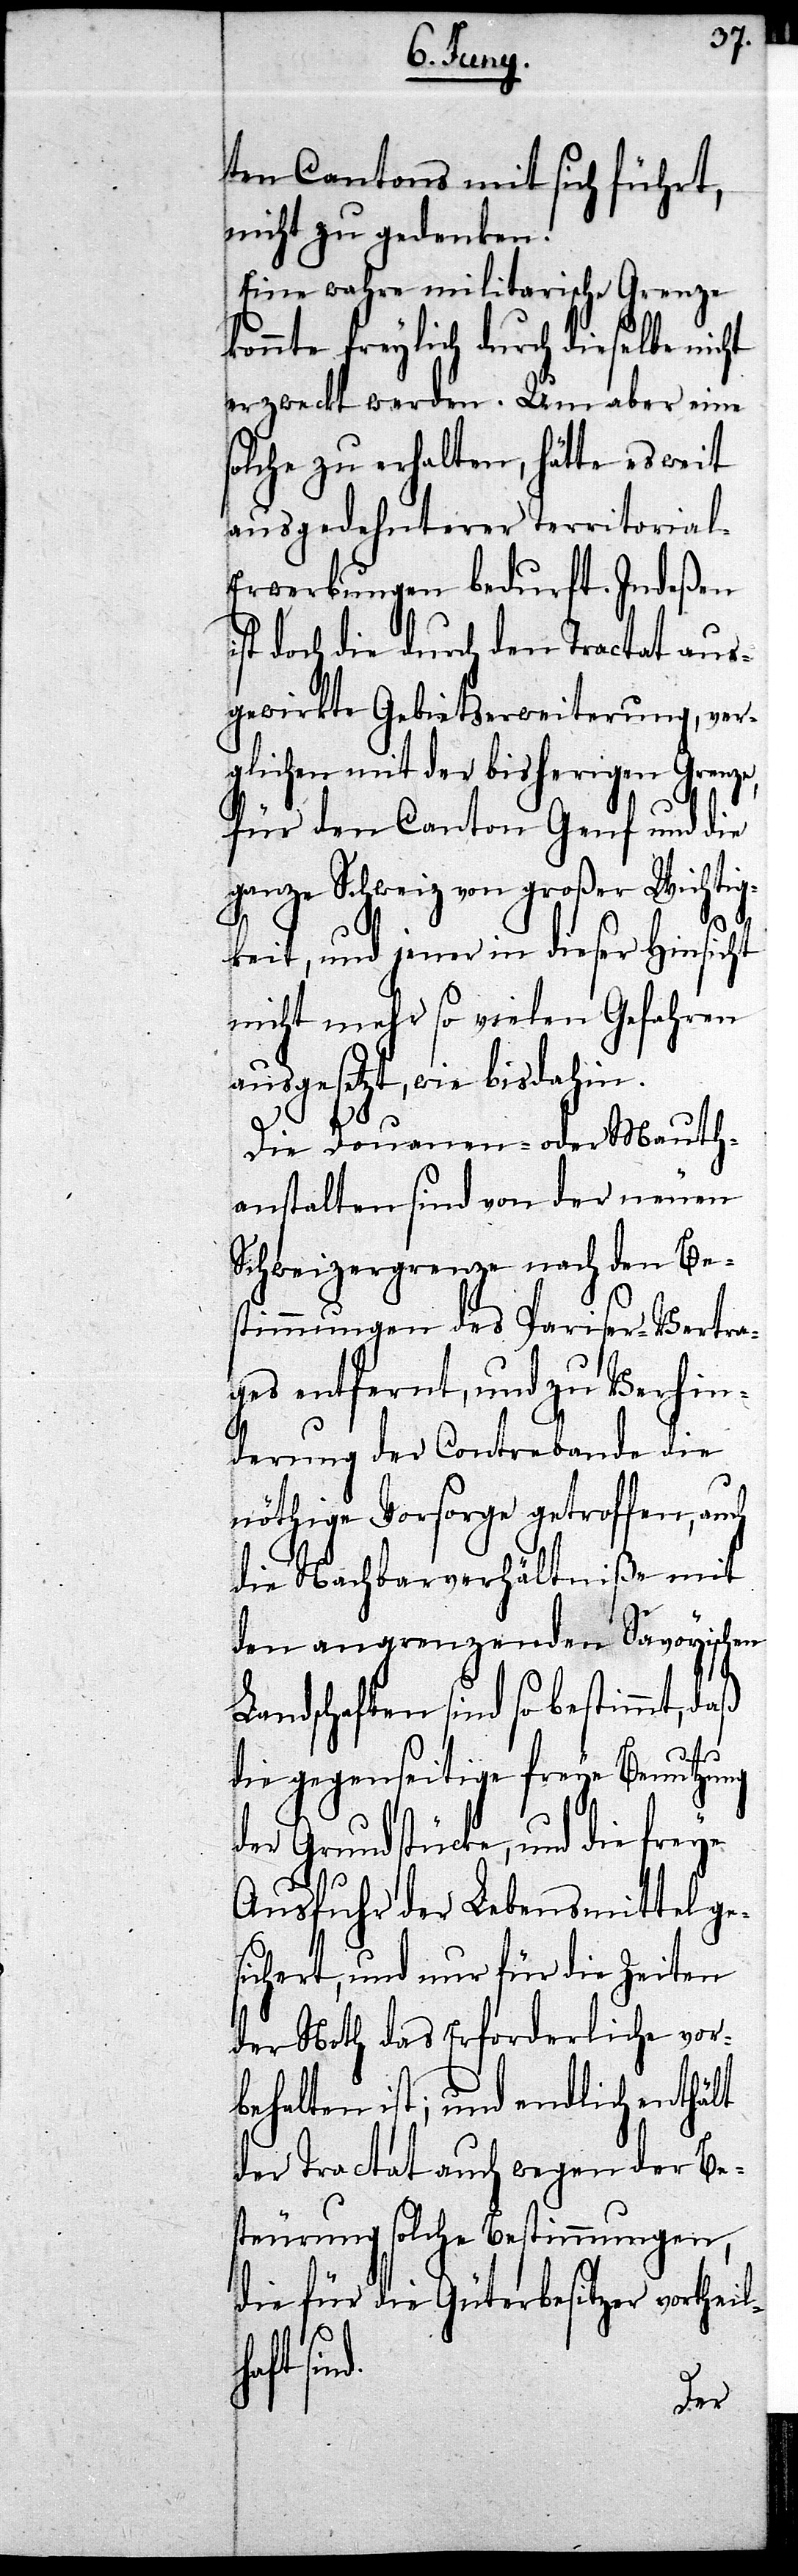
ten Cantons mit sich führt,
nicht zu gedenken.
Eine wahre militarische Grenze
konnte freylich durch dieselbe nicht
erzweckt werden. Um aber eine
solche zu erhalten, hätte es weit
ausgedehnterer Territoria¬
rwerbungen bedurft. Indeßen
ist doch die durch den Tractat aus¬
gewirkte Gebietserweiterung, ver¬
glichen mit der bisherigen Grenze,
für den Canton Genf und die
ganze Schweiz von großer Wichtig¬
keit, und jener in dieser Hinsicht
nicht mehr so vielen Gefahren
ausgesetzt, wie bisdahin.
Die Douanen- oder Mauth¬
anstalten sind von der neuen
Schweizergrenze nach den Be¬
stimmungen des Pariser-Vertra¬
ges entfernt, und zu Verhin¬
derung der Contrebande die
nöthige Vorsorge getroffen, auch
die Nachbarverhältniße mit
den angrenzenden Savoyischen
Landschaften sind so bestimmt, daß
sind.
de gegenseitige freye Benutzung
der Grundstücke, und die freye
Ausfuhr der Lebensmittel ge¬
sichert, und nur für die Zeiten
der Noth das Erforderliche vor¬
behalten ist; und endlich enthält
der Tractat auch wegen der Be¬
steurung solche Bestimmungen,
die für die Güterbesitzer vortheil¬
haft